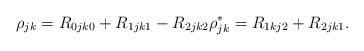
LaTeX: \begin{align*}\rho_{jk}=R_{0jk0}+R_{1jk1}-R_{2jk2} \rho^*_{jk}=R_{1kj2}+R_{2jk1}.\end{align*}